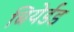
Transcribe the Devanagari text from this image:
बियेर्डड